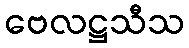
ဗေလဋ္ဌသီသ